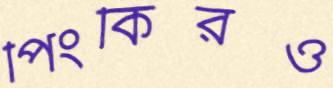
পিংকিরও